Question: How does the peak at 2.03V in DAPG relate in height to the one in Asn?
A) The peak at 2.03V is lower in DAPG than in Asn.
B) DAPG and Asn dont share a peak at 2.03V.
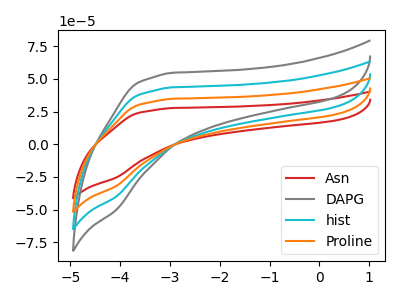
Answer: <think>The red curve "Asn" has no peaks. The gray curve "DAPG" has no peaks. The cyan curve "hist" has no peaks. The orange curve "Proline" has no peaks.</think>
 <answer>B) "DAPG" and "Asn" dont share a peak at 2.03V.</answer>
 <eval>B</eval>